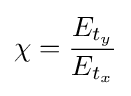
\chi ={\frac {E_{t_{y}}}{E_{t_{x}}}}